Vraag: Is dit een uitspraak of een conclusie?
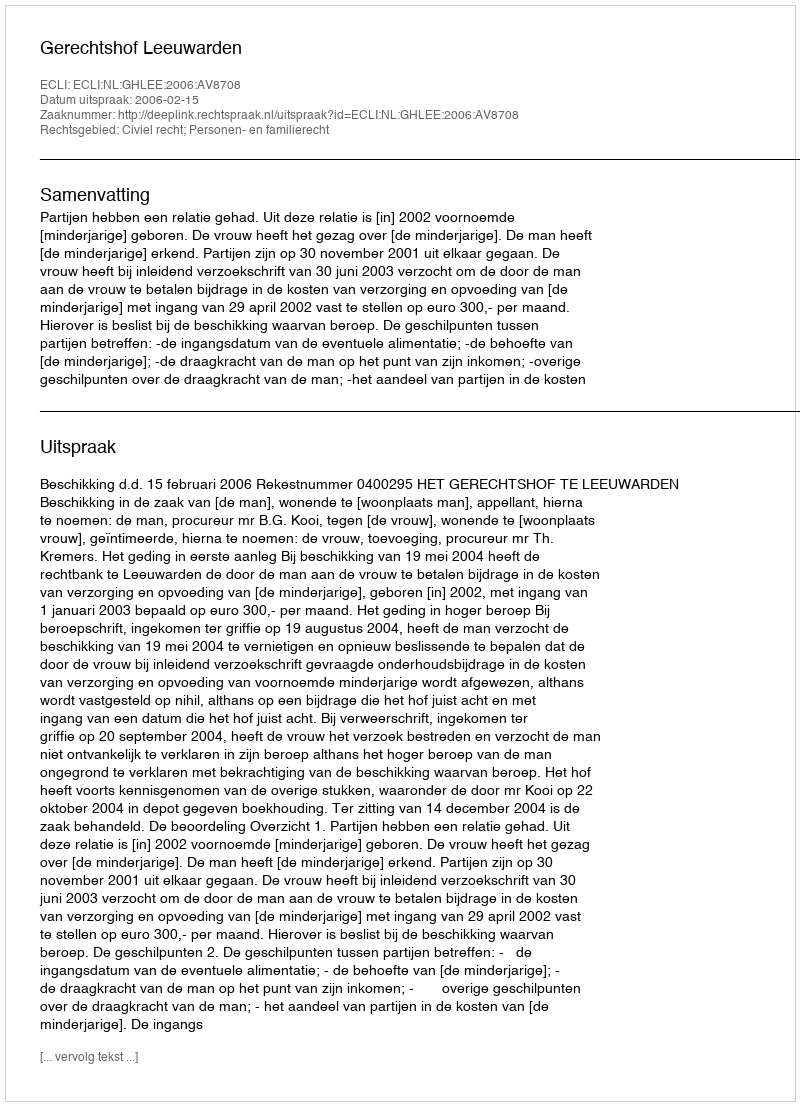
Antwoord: Uitspraak